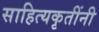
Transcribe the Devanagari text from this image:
साहित्यकृतींनी